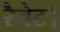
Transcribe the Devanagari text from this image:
रैचेट।